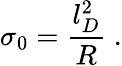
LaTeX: \sigma_{0}=\frac{l_{D}^{2}}{R}\; .